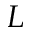
L